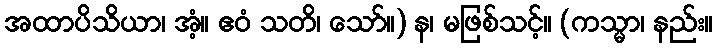
အထာပိသိယာ၊ အံ့။ ဧဝံ သတိ၊ သော်။) န၊ မဖြစ်သင့်။ (ကသ္မာ၊ နည်း။